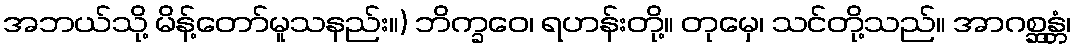
အဘယ်သို့ မိန့်တော်မူသနည်း။) ဘိက္ခဝေ၊ ရဟန်းတို့။ တုမှေ၊ သင်တို့သည်။ အာဂစ္ဆန္တံ၊